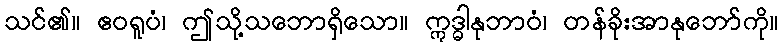
သင်၏။ ဧဝရူပံ၊ ဤသို့သဘောရှိသော။ ဣဒ္ဓါနုဘာဝံ၊ တန်ခိုးအာနုဘော်ကို။